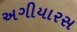
અગીયારસ